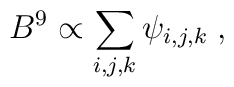
B^{9} \propto \sum_{i,j,k} \psi_{i,j,k} \;,